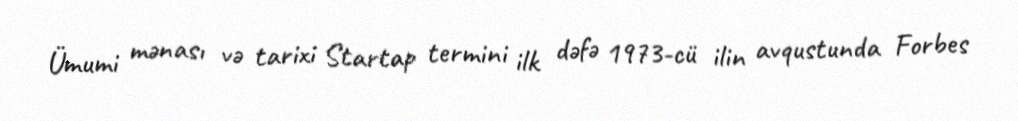
Ümumi mənası və tarixi Startap termini ilk dəfə 1973-cü ilin avqustunda Forbes